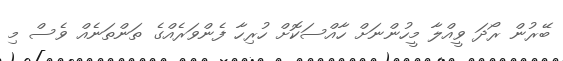
ބޭރުން ރޯދަ ވީއްލާ މީހުންނަށް ހާއްސަކޮށް ހުރިހާ ފެންވަރެއްގެ ތަންތަނެއް ވެސް މި